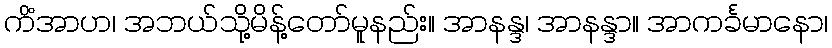
ကိံအာဟ၊ အဘယ်သို့မိန့်တော်မူနည်း။ အာနန္ဒ၊ အာနန္ဒာ။ အာကင်္ခမာနော၊